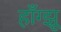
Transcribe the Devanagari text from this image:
हाँग्झू